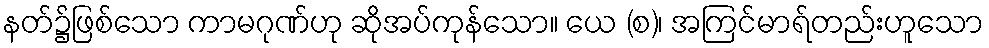
နတ်၌ဖြစ်သော ကာမဂုဏ်ဟု ဆိုအပ်ကုန်သော။ ယေ (စ)၊ အကြင်မာရ်တည်းဟူသော